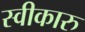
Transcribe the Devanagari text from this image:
स्वीकारु